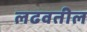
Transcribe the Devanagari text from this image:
लढवतील